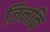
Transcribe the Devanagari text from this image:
जिनकि